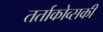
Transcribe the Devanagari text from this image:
तर्ताकोव्सकी